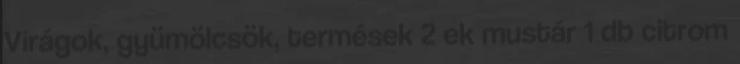
Virágok, gyümölcsök, termések 2 ek mustár 1 db citrom